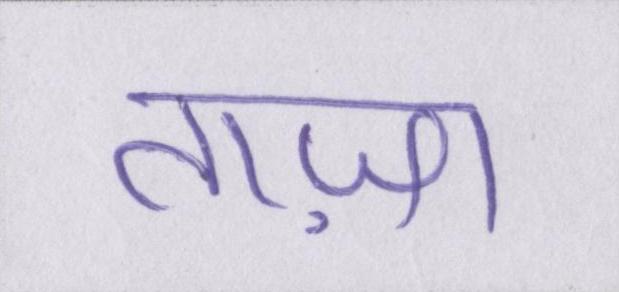
ताज़ा